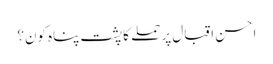
احسن اقبال پر حملے کا پشت پناہ کون؟